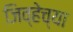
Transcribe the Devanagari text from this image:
जिव्हेच्या